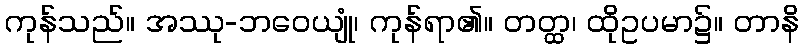
ကုန်သည်။ အဿု-ဘဝေယျုံ၊ ကုန်ရာ၏။ တတ္ထ၊ ထိုဥပမာ၌။ တာနိ